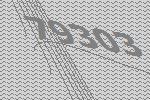
79303